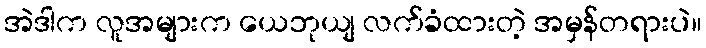
အဲဒါက လူအများက ယေဘုယျ လက်ခံထားတဲ့ အမှန်တရားပဲ။